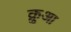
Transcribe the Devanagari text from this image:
क्रुआ